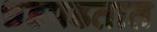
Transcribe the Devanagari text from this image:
धडपडतात